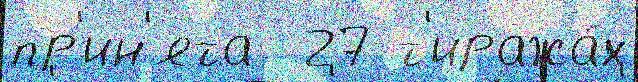
пр'ин'ята  27 т'иража́х